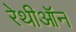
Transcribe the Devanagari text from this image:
रेथीऑन